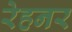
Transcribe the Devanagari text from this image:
रेहनर